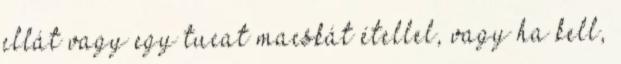
ellát vagy egy tucat macskát étellel, vagy ha kell,